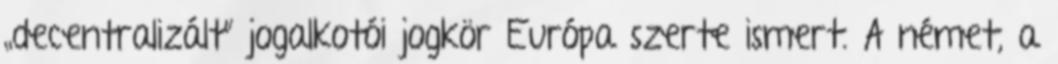
„decentralizált” jogalkotói jogkör Európa szerte ismert. A német, a